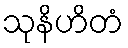
သုနိဟိတံ